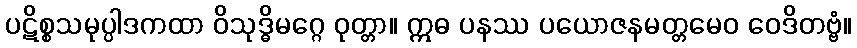
ပဋိစ္စသမုပ္ပါဒကထာ ဝိသုဒ္ဓိမဂ္ဂေ ဝုတ္တာ။ ဣဓ ပနဿ ပယောဇနမတ္တမေဝ ဝေဒိတဗ္ဗံ။